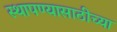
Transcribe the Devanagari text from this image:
स्थापण्यासाठीच्या